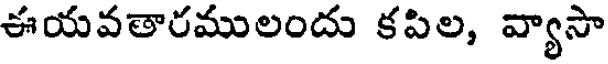
ఈయవతారములందు కపిల, వ్యాసా